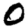
Digit: 0